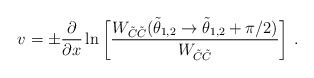
\begin{align*} v = \pm {\partial\over \partial x}\ln \bigg [{W_{\tilde C \tilde C}(\tilde \theta_{1,2}\rightarrow \tilde\theta_{1,2}+\pi/2)\over W_{\tilde C \tilde C}}\bigg]~.\end{align*}